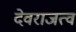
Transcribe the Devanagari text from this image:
देवराजत्व